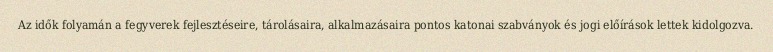
Az idők folyamán a fegyverek fejlesztéseire, tárolásaira, alkalmazásaira pontos katonai szabványok és jogi előírások lettek kidolgozva.